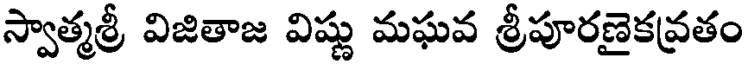
స్వాత్మశ్రీ విజితాజ విష్ణు మఘవ శ్రీపూరణైకవ్రతం